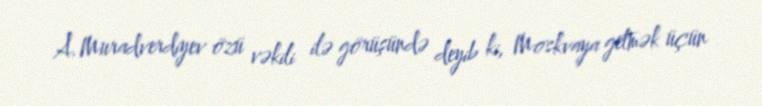
A.Muradverdiyev özü vəkili ilə görüşündə deyib ki, Moskvaya getmək üçün